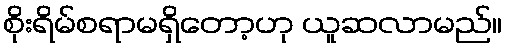
စိုးရိမ်စရာမရှိတော့ဟု ယူဆလာမည်။